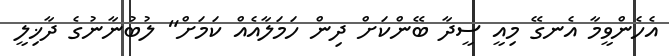
އެހެންވީމާ އެނގޭ މިއީ ސީދާ ބޭންކަށް ދިން ހަމަލާއެއް ކަމަށް" ލުބުނާނުގެ ދާޚިލީ